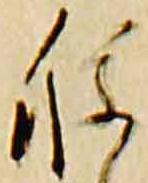
種